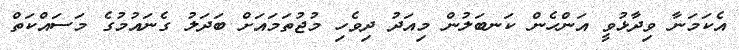
އެކަމަނާ ވިދާޅުވީ އަންހެން ކަނބަލުން މިއަދު ދިވެހި މުޖުތަމައަށް ބަދަލު ގެނައުމުގެ މަސައްކަތް